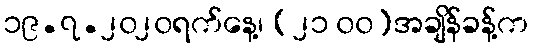
၁၉.၇.၂၀၂၀ရက်နေ့၊ (၂၁ ၀၀)အချိန်ခန့်က